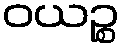
ဝယဉ္စ